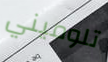
تلوميني